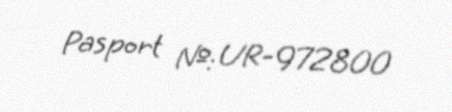
Pasport №: UR-972800